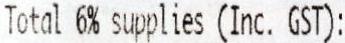
TOTAL 6% SUPPLIES (INC. GST):